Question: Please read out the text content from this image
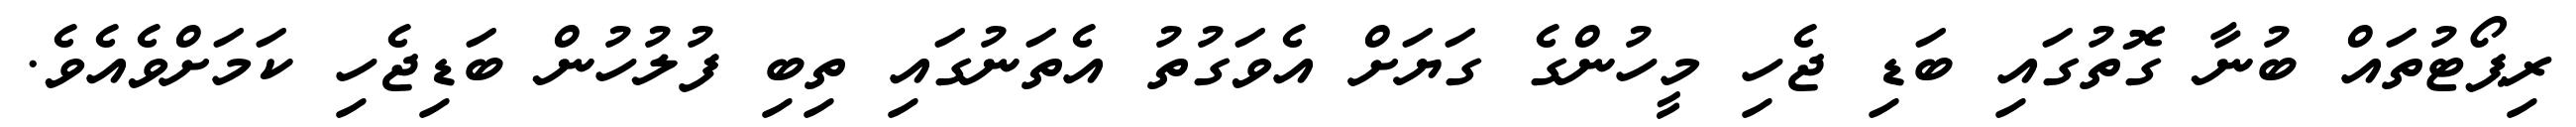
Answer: ރިޕޯޓުތައް ބުނާ ގޮތުގައި ބަޑި ޖެހި މީހުންގެ ގަޔަށް އެވަގުތު އެތަނުގައި ތިބި ފުލުހުން ބަޑިޖެހި ކަމަށްވެއެވެ.